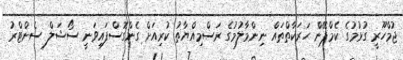
ޖުމްހޫރީ ގުޅުމުގެ ކެމްޕޭން ހަރަކާތްތައް ނިންމާލުމުގެ ރަސްމިއްޔާތު ކުރިއަށް ގެންގޮސްފައިވަނީ ސޯޝަލް ސެންޓްރު